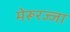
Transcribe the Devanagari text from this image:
मेरूरज्जा